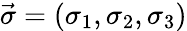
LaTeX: \vec{\sigma}=({\sigma}_{1},{\sigma}_{2},{\sigma}_{3})